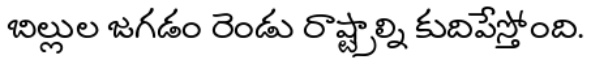
బిల్లుల జగడం రెండు రాష్ట్రాల్ని కుదిపేస్తోంది.